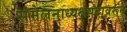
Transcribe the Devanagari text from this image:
संमेलनाध्यक्षपदावरून